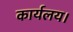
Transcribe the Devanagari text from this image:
कार्यलय।